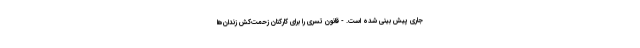
جاری پیش بینی شده است. - قانون تسری را برای کارکنان زحمت‌کش زندان‌ها